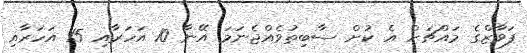
ފަވާޒްގެ މައްޗަށް އެ ކުށް ސާބިތުވެއްޖެނަމަ އޭނާ 10 އަހަރާއި 15 އަހަރާއި